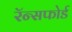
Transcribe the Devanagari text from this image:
रॅन्सफोर्ड